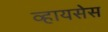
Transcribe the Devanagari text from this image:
व्हायसेस